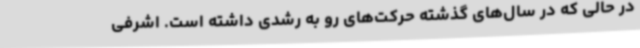
در حالی که در سال‌های گذشته حرکت‌های رو به رشدی داشته است. اشرفی